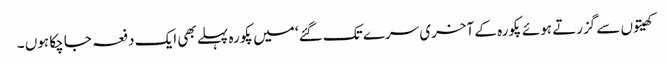
کھیتوں سے گزرتے ہوئے پکورہ کے آخری سرے تک گئے‘ میں پکورہ پہلے بھی ایک دفعہ جا چکا ہوں ۔